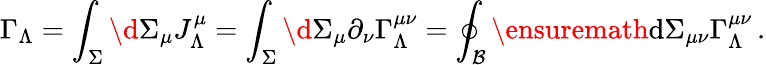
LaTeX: \Gamma_{\Lambda}=\int_{\Sigma}\d\Sigma_{\mu}J_{\Lambda}^{\mu}=\int_{\Sigma}\d\Sigma_{\mu}\partial_{\nu}\Gamma_{\Lambda}^{\mu\nu}=\oint_{{\cal B}}\ensuremath{\operatorname{d}\! {}\Sigma_{\mu\nu}}\Gamma_{\Lambda}^{\mu\nu}\, .